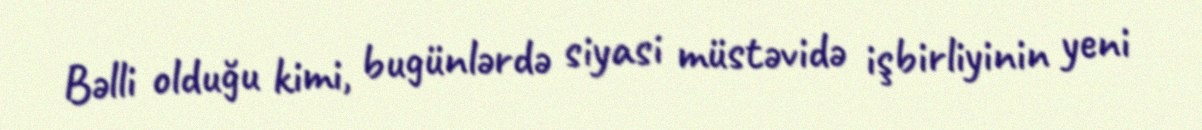
Bəlli olduğu kimi, bugünlərdə siyasi müstəvidə işbirliyinin yeni